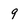
Character: 9